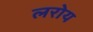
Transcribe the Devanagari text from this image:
लरोय